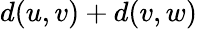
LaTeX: d(u,v)+d(v,w)